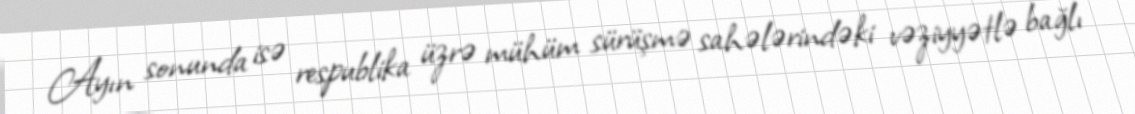
Ayın sonunda isə respublika üzrə mühüm sürüşmə sahələrindəki vəziyyətlə bağlı